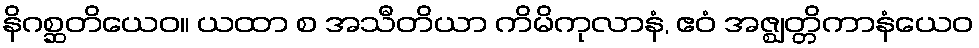
နိဂစ္ဆတိယေဝ။ ယထာ စ အသီတိယာ ကိမိကုလာနံ, ဧဝံ အဇ္ဈတ္တိကာနံယေဝ